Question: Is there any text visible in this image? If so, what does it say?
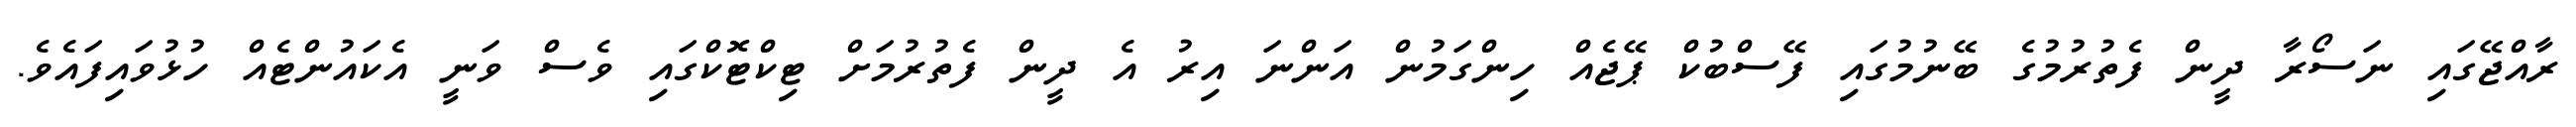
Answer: ރާއްޖޭގައި ނަސޯރާ ދީން ފެތުރުމުގެ ބޭނުމުގައި ފޭސްބުކް ޕޭޖެއް ހިންގަމުން އަންނަ އިރު އެ ދީން ފެތުރުމަށް ޓިކްޓޮކްގައި ވެސް ވަނީ އެކައުންޓެއް ހުޅުވައިފައެވެ.